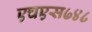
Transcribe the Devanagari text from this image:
एचएस७४८